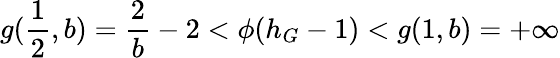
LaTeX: g(\frac{1}{2},b)=\frac{2}{b}-2<\phi(h_{G}-1)<g(1,b)=+\infty